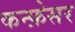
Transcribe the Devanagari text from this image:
कन्फ़ेसर